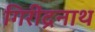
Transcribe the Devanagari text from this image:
गिरींद्रनाथ